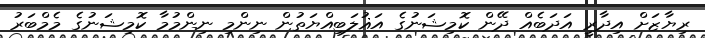
ރިޔާޒަށް އިދާރީ އަދަބެއް ދޭން ކޮމިޝަނުގެ އަޣުލަބިއްޔަތުން ނިންމި ނިންމުމާ ކޮމިޝަނުގެ މެމްބަރު